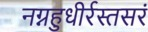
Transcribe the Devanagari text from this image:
नग्नहुधीर्रस्तसरं